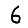
Digit: 6